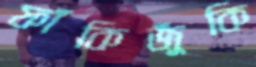
ফাঁকিজুঁকি